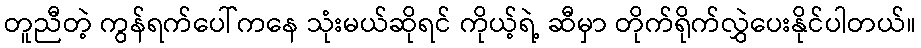
တူညီတဲ့ ကွန်ရက်ပေါ်ကနေ သုံးမယ်ဆိုရင် ကိုယ့်ရဲ့ ဆီမှာ တိုက်ရိုက်လွှဲပေးနိုင်ပါတယ်။